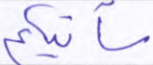
سآتيكم